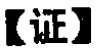
【证】